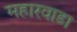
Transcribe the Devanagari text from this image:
महारवाडा